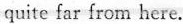
quite far from here.